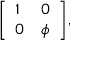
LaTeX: \textstyle { \left[ \begin{array} { l l } { 1 } & { 0 } \\ { 0 } & { \phi } \end{array} \right] } ,